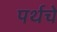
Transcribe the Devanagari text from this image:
पर्थचे